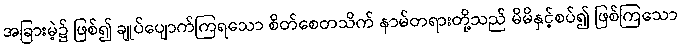
အခြားမဲ့၌ ဖြစ်၍ ချုပ်ပျောက်ကြရသော စိတ်စေတသိက် နာမ်တရားတို့သည် မိမိနှင့်စပ်၍ ဖြစ်ကြသော